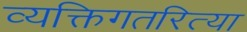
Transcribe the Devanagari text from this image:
व्यक्तिगतरित्या